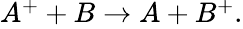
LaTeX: \begin{array}{r}{A^{+}+B\rightarrow A+B^{+}.}\end{array}